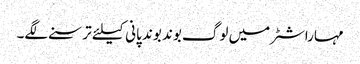
مہاراشٹر میں لوگ بوند بوند پانی کیلئے ترسنے لگے۔